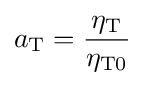
a_{\rm {T}}={\frac {\eta _{\rm {T}}}{\eta _{\rm {T0}}}}